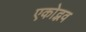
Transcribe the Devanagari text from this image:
एकोद्भव